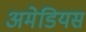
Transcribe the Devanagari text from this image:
अमेडियस